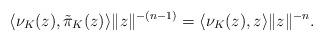
LaTeX: \begin{align*}\langle \nu_K(z),\tilde{\pi}_K(z)\rangle \|z\|^{-(n-1)}=\langle \nu_K(z),z\rangle \|z\|^{-n}.\end{align*}